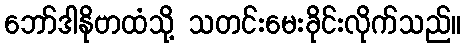
ဘော်ဒါနိုဗာထံသို့ သတင်းမေးခိုင်းလိုက်သည်။